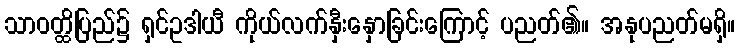
သာဝတ္ထိပြည်၌ ရှင်ဥဒါယီ ကိုယ်လက်နှီးနှောခြင်းကြောင့် ပညတ်၏။ အနုပညတ်မရှိ။